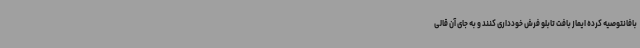
بافانتوصیه کرده ایماز بافت تابلو فرش خودداری کنند و به جای آن قالی